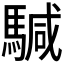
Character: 𩤥